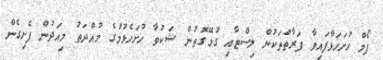
ފޯމް ހުށަހަޅާފައިވާ ފަރާތްތަކުން ލިސްޓާއި ގުޅޭގޮތުން ޝަކުވާ ހުށަހެޅުމުގެ މުއްދަތު މިއަދުން ފެށިގެން